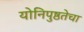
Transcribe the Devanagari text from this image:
योनिपुष्ठतेचा